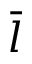
\bar { l }